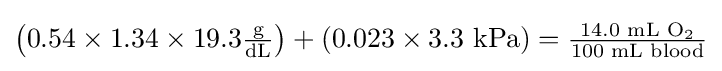
{\textstyle \left(0.54\times 1.34\times 19.3{\frac {\text{g}}{\text{dL}}}\right)+(0.023\times 3.3{\text{ kPa}})={\frac {14.0{\text{ mL O}}_{2}}{100{\text{ mL blood}}}}}